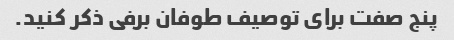
پنج صفت برای توصیف طوفان برفی ذکر کنید.